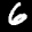
Label: 6